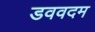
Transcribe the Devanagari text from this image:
डववदम